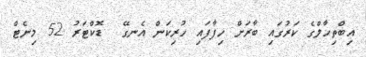
އިބްތިހާލްގެ ކަރުގައި ބާރަށް ހިފާފައި ހުރިކަން އެނގޭ  ޑޮކްޓަރު 52 މިނެޓް